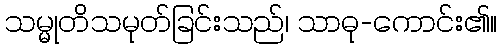
သမ္မုတိသမုတ်ခြင်းသည်၊ သာဓု-ကောင်း၏။